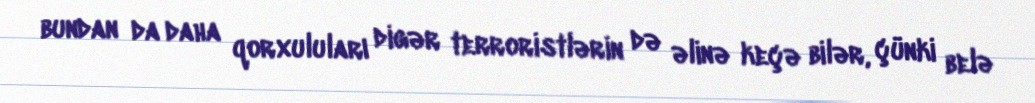
bundan da daha qorxuluları digər terroristlərin də əlinə keçə bilər, çünki belə